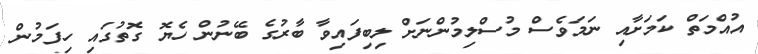
އުއްމަތް ކަމަށާއި ނަމަވެސް މުސްލިމުންނަށް ލިބިފައިވާ ބާރުގެ ބޭނުން ހެޔޮ ގޮތުގައި ހިފަމުން